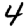
Digit: 4